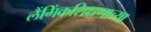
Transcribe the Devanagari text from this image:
लैंगिंकशिक्षणाच्या